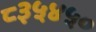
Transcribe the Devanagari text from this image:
८३५४५०